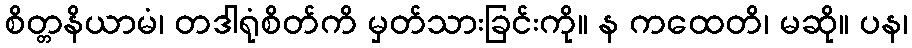
စိတ္တနိယာမံ၊ တဒါရုံစိတ်ကိ မှတ်သားခြင်းကို။ န ကထေတိ၊ မဆို။ ပန၊